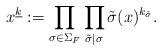
LaTeX: \begin{align*}x^{\underline{k}}:=\prod_{\sigma\in\Sigma_F}\prod_{\tilde\sigma\mid\sigma} \tilde\sigma(x)^{k_{\tilde\sigma}}.\end{align*}